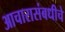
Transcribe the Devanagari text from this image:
आचारासंबधीचे